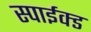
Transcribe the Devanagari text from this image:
स्पाईक्ड